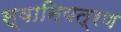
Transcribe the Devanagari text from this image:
स्वानियत्रण